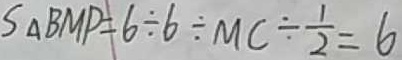
S _ { \Delta B M P } = 6 \div 6 \div M C \div \frac { 1 } { 2 } = 6